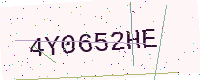
Text: 4Y0652HE